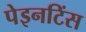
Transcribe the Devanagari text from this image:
पेइनटिंस